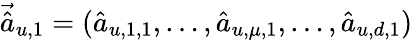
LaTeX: \vec{\hat{a}}_{u,1}=(\hat{a}_{u,1,1},\dots,\hat{a}_{u,\mu,1},\dots,\hat{a}_{u,d,1})